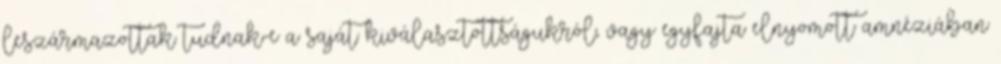
leszármazottak tudnak-e a saját kiválasztottságukról, vagy egyfajta elnyomott amnéziában